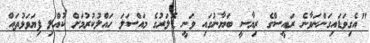
"އެގިވަޑައިގަންނަވާނެ ރައީސްގެ ރިޔާސީ ބަޔާނުގައި ވަނީ ޑޮލަރުގެ މައްސަލަ ހައްލުކުރުމަށް ކުއްލި ފިޔަވަޅުތައް